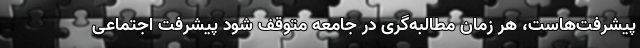
پیشرفت‌هاست، هر زمان مطالبه‌گری در جامعه متوقف شود پیشرفت اجتماعی